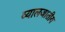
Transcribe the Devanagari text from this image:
व्यालजातीय